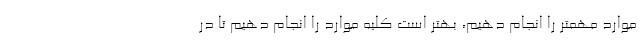
موارد مهمتر را انجام دهیم، بهتر است کلیه موارد را انجام دهیم تا در